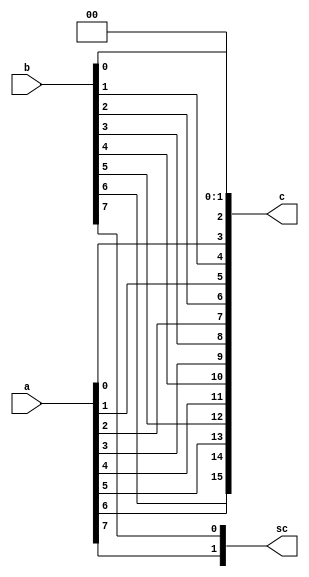
module concatenate8(a,b,c,sc);
input[7:0] a,b;
output[15:0] c;
output[1:0] sc;

assign sc[1:0] = {a[7],b[7]};

assign c[1:0] =  2'b00;
assign c[3:2] = {a[0],b[0]};
assign c[5:4] = {a[1],b[1]};
assign c[7:6] = {a[2],b[2]};
assign c[9:8] = {a[3],b[3]};
assign c[11:10] = {a[4],b[4]};
assign c[13:12] = {a[5],b[5]};
assign c[15:14] = {a[6],b[6]};

endmodule